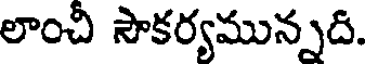
లాంచీ సౌకర్యమున్నది.